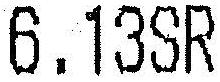
6.13SR